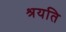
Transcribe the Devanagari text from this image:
श्रयति